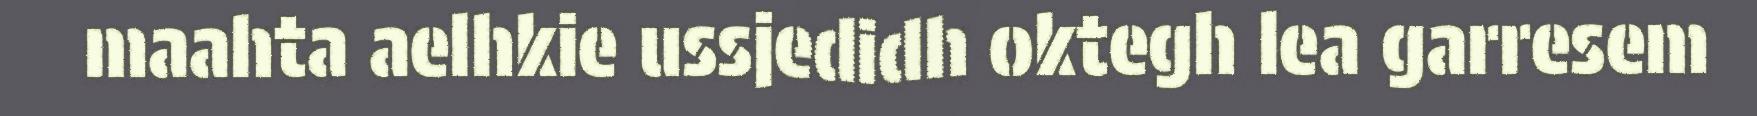
maahta aelhkie ussjedidh oktegh lea garresem